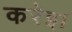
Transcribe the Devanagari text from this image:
करेइ।